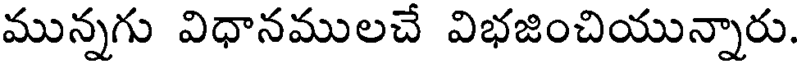
మున్నగు విధానములచే విభజించియున్నారు.